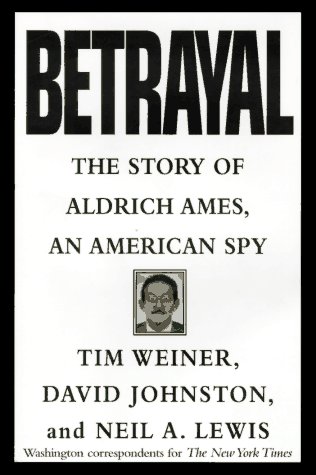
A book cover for Betrayal:: The Story of Aldrich Ames, an American Spy; Tim Weiner; History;